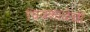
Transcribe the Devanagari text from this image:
चित्रशाळेची